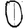
Digit: 0